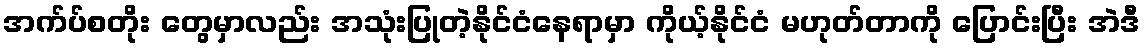
အက်ပ်စတိုး တွေမှာလည်း အသုံးပြုတဲ့နိုင်ငံနေရာမှာ ကိုယ့်နိုင်ငံ မဟုတ်တာကို ပြောင်းပြီး အဲဒီ